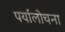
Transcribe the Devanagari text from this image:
पर्यालोचना